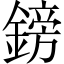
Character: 鎊